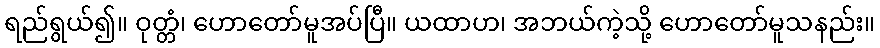
ရည်ရွယ်၍။ ဝုတ္တံ၊ ဟောတော်မူအပ်ပြီ။ ယထာဟ၊ အဘယ်ကဲ့သို့ ဟောတော်မူသနည်း။